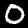
Label: 0